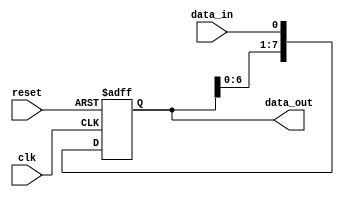
module SIPO_shift_register(
    input wire clk,
    input wire reset,
    input wire data_in,
    output reg [7:0] data_out
);

reg [7:0] register;

always @(posedge clk or posedge reset) begin
    if (reset) begin
        register <= 8'b0;
    end else begin
        register <= {register[6:0], data_in};
    end
end

assign data_out = register;

endmodule